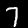
Digit: 7